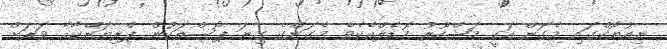
ނިއުޔޯކްގައި މެގަން އަކީ މަޝްހޫރު މޮޑެލްއެކެވެ. މެގަންގެ ގިނަ ޕޯސްތަކުން ޕްރިޔަންކާއާ ވަރަށް